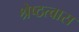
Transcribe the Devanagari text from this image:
श्रेष्ठत्वास